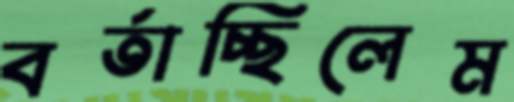
বর্তাচ্ছিলেম